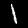
Label: 1